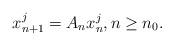
LaTeX: \begin{align*}x^j_{n+1}=A_n x^j_n, n\ge n_0.\end{align*}